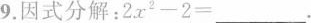
9.因式分解：$$2x^{2}-2=___$$.